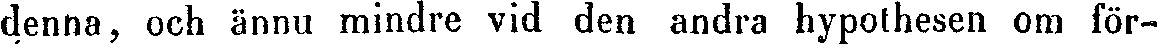
denna, och ännu mindre vid den andra hypothesen om för-